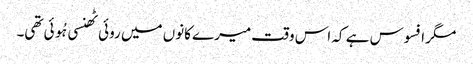
مگر افسوس ہے کہ اس وقت میرے کانوں میں روئی ٹھنسی ہُوئی تھی۔